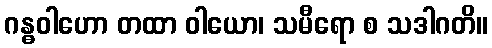
ဂန္ဓဝါဟော တထာ ဝါယော၊ သမီရော စ သဒါဂတိ။